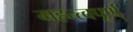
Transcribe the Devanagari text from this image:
महत्त्वपूर्ण्